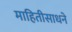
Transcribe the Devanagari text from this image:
माहितीसाधने